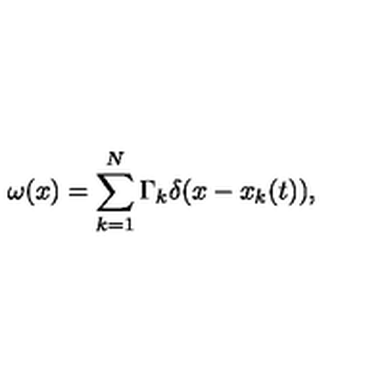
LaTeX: \omega ( x ) = \sum _ { k = 1 } ^ { N } \Gamma _ { k } \delta ( x - x _ { k } ( t ) ) ,